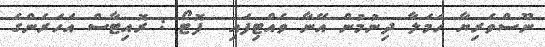
ނޫސްވެރިޔާ ހަމަލާ ދިނުމުން އޭނާ ވެއްޓިފައި  ފޮޓޯ : ރޮއިޓާސް އަހަރެންގެ